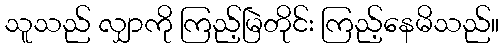
သူသည် လျှာကို ကြည့်မြဲတိုင်း ကြည့်နေမိသည်။